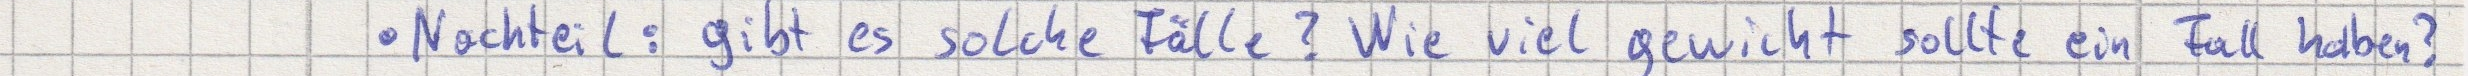
Nachteil: gibt es solche Fälle? Wie viel gewicht sollte ein Fall haben?